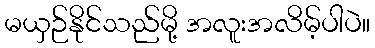
မယှဉ်နိုင်သည်မို့ အလူးအလိမ့်ပါပဲ။